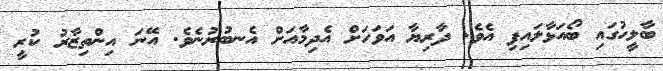
ބާލީހުގައި ބޯއަޅާލައިފި އެވެ. ދާރިޔާ އަވަހަށް އެދިމާއަށް އެނބުރުނެވެ. އޭނަ އިންތިޒާރު ކުރީ